Indian journal of veterinary science and animal husbandry - Volume 10,
Year: 1940
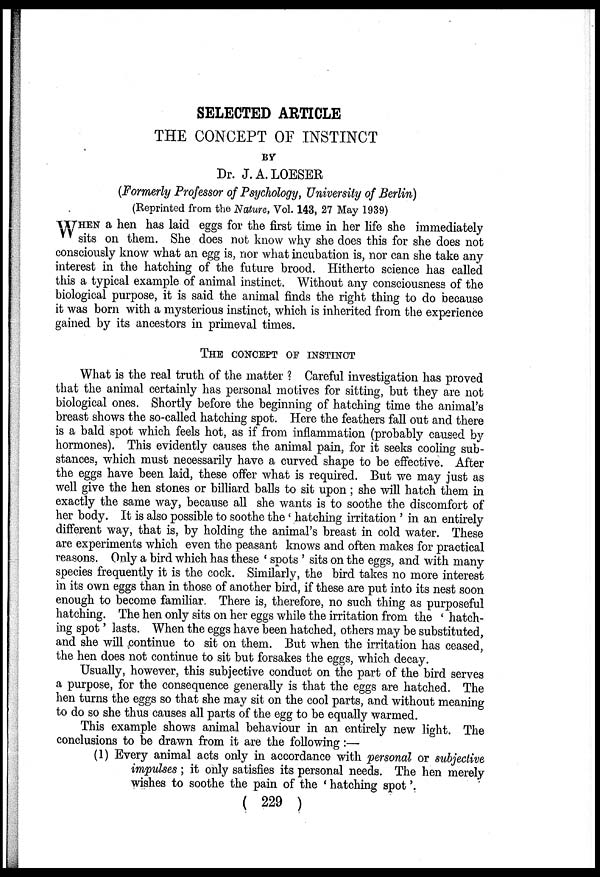
SELECTED ARTICLE
THE CONCEPT OF INSTINCT
BY
Dr. J.A.LOESER
(Formerly Professor of Psychology, University of Berlin)
(Reprinted from the Nature, Vol. 143, 27 May 1939)
WHEN a hen has laid eggs for the first time in her life she immediately
sits on them. She does not know why she does this for she does not
consciously know what an egg is, nor what incubation is, nor can she take any
interest in the hatching of the future brood. Hitherto science has called
this a typical example of animal instinct. Without any consciousness of the
biological purpose, it is said the animal finds the right thing to do because
it was born with a mysterious instinct, which is inherited from the experience
gained by its ancestors in primeval times.
THE CONCEPT OF INSTINCT
What is the real truth of the matter ? Careful investigation has proved
that the animal certainly has personal motives for sitting, but they are not
biological ones. Shortly before the beginning of hatching time the animal's
breast shows the so-called hatching spot. Here the feathers fall out and there
is a bald spot which feels hot, as if from inflammation (probably caused by
hormones). This evidently causes the animal pain, for it seeks cooling sub-
stances, which must necessarily have a curved shape to be effective. After
the eggs have been laid, these offer what is required. But we may just as
well give the hen stones or billiard balls to sit upon; she will hatch them in
exactly the same way, because all she wants is to soothe the discomfort of
her body. It is also possible to soothe the' hatching irritation' in an entirely
different way, that is, by holding the animal's breast in cold water. These
are experiments which even the peasant knows and often makes for practical
reasons. Only a bird which has these ' spots ' sits on the eggs, and with many
species frequently it is the cock. Similarly, the bird takes no more interest
in its own eggs than in those of another bird, if these are put into its nest soon
enough to become familiar. There is, therefore, no such thing as purposeful
hatching. The hen only sits on her eggs while the irritation from the ' hatch-
ing spot' lasts. When the eggs have been hatched, others may be substituted,
and she will continue to sit on them. But when the irritation has ceased,
the hen does not continue to sit but forsakes the eggs, which decay.
Usually, however, this subjective conduct on the part of the bird serves
a purpose, for the consequence generally is that the eggs are hatched. The
hen turns the eggs so that she may sit on the cool parts, and without meaning
to do so she thus causes all parts of the egg to be equally warmed.
This example shows animal behaviour in an entirely new light. The
conclusions to be drawn from it are the following:—
(1) Every animal acts only in accordance with personal or subjective
impulses ; it only satisfies its personal needs. The hen merely
wishes to soothe the pain of the ' hatching spot '.
( 229 )